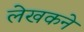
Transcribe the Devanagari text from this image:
लेखकने